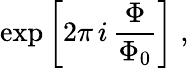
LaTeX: \exp\left[2\pi\, i\, \frac{\Phi}{\Phi_{0}}\right]\; ,